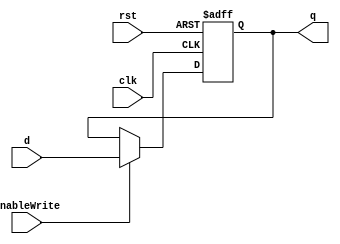
module RegisterResettable32b(
    clk,
    rst,
    enableWrite,
    d,
    q
);
    input wire clk;
    input wire rst;
    input wire enableWrite;
    input wire [31:0] d;
    output reg [31:0] q;

    always @(posedge clk or posedge rst) begin
        if (rst) begin
            // q <= 32'h00400020;
            q <= 32'h00000000;
        end else begin
            if (enableWrite)
                q <= d;
        end
    end

endmodule